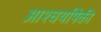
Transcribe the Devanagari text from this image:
आश्चर्यापैकी